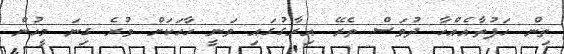
ތިން ހަފުތާއެއްހާ ދުވަސް ތެރޭ އިރާގުގައި ވަނީ ހާހަކަށް ވުރެ ގިނަ މީހުން